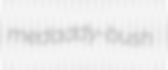
medaddy-bush